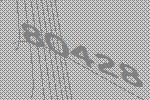
80428